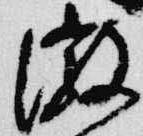
微